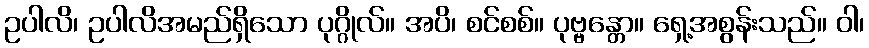
ဥပါလိ၊ ဥပါလိအမည်ရှိသော ပုဂ္ဂိုလ်။ အပိ၊ စင်စစ်။ ပုဗ္ဗန္တော။ ရှေ့အစွန်းသည်။ ဝါ၊